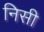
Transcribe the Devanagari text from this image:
निसी